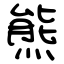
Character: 熊